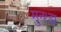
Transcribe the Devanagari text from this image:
मुन्थ्झ